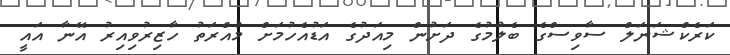
ކަރެކްޝަނަލް ސާވިސްގެ ބެލުމުގެ ދަށުން މިއަދުގެ އަޑުއެހުމަށް މުއްރަތު ހާޒިރުވިއިރު އޭނާ އައީ